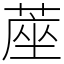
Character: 蓙